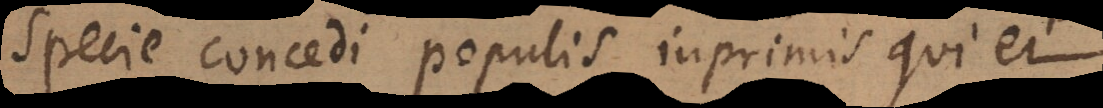
specie concedi populis inprimis qui ei